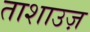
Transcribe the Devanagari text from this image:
ताशाउज़